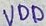
Text: VDD